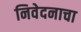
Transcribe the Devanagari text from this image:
निवेदनाचा